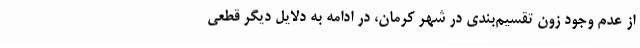
از عدم وجود زون تقسیم‌بندی در شهر کرمان، در ادامه به دلایل دیگر قطعی